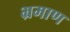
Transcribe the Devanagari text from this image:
भ्रमाण